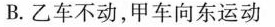
B.乙车不动，甲车向东运动